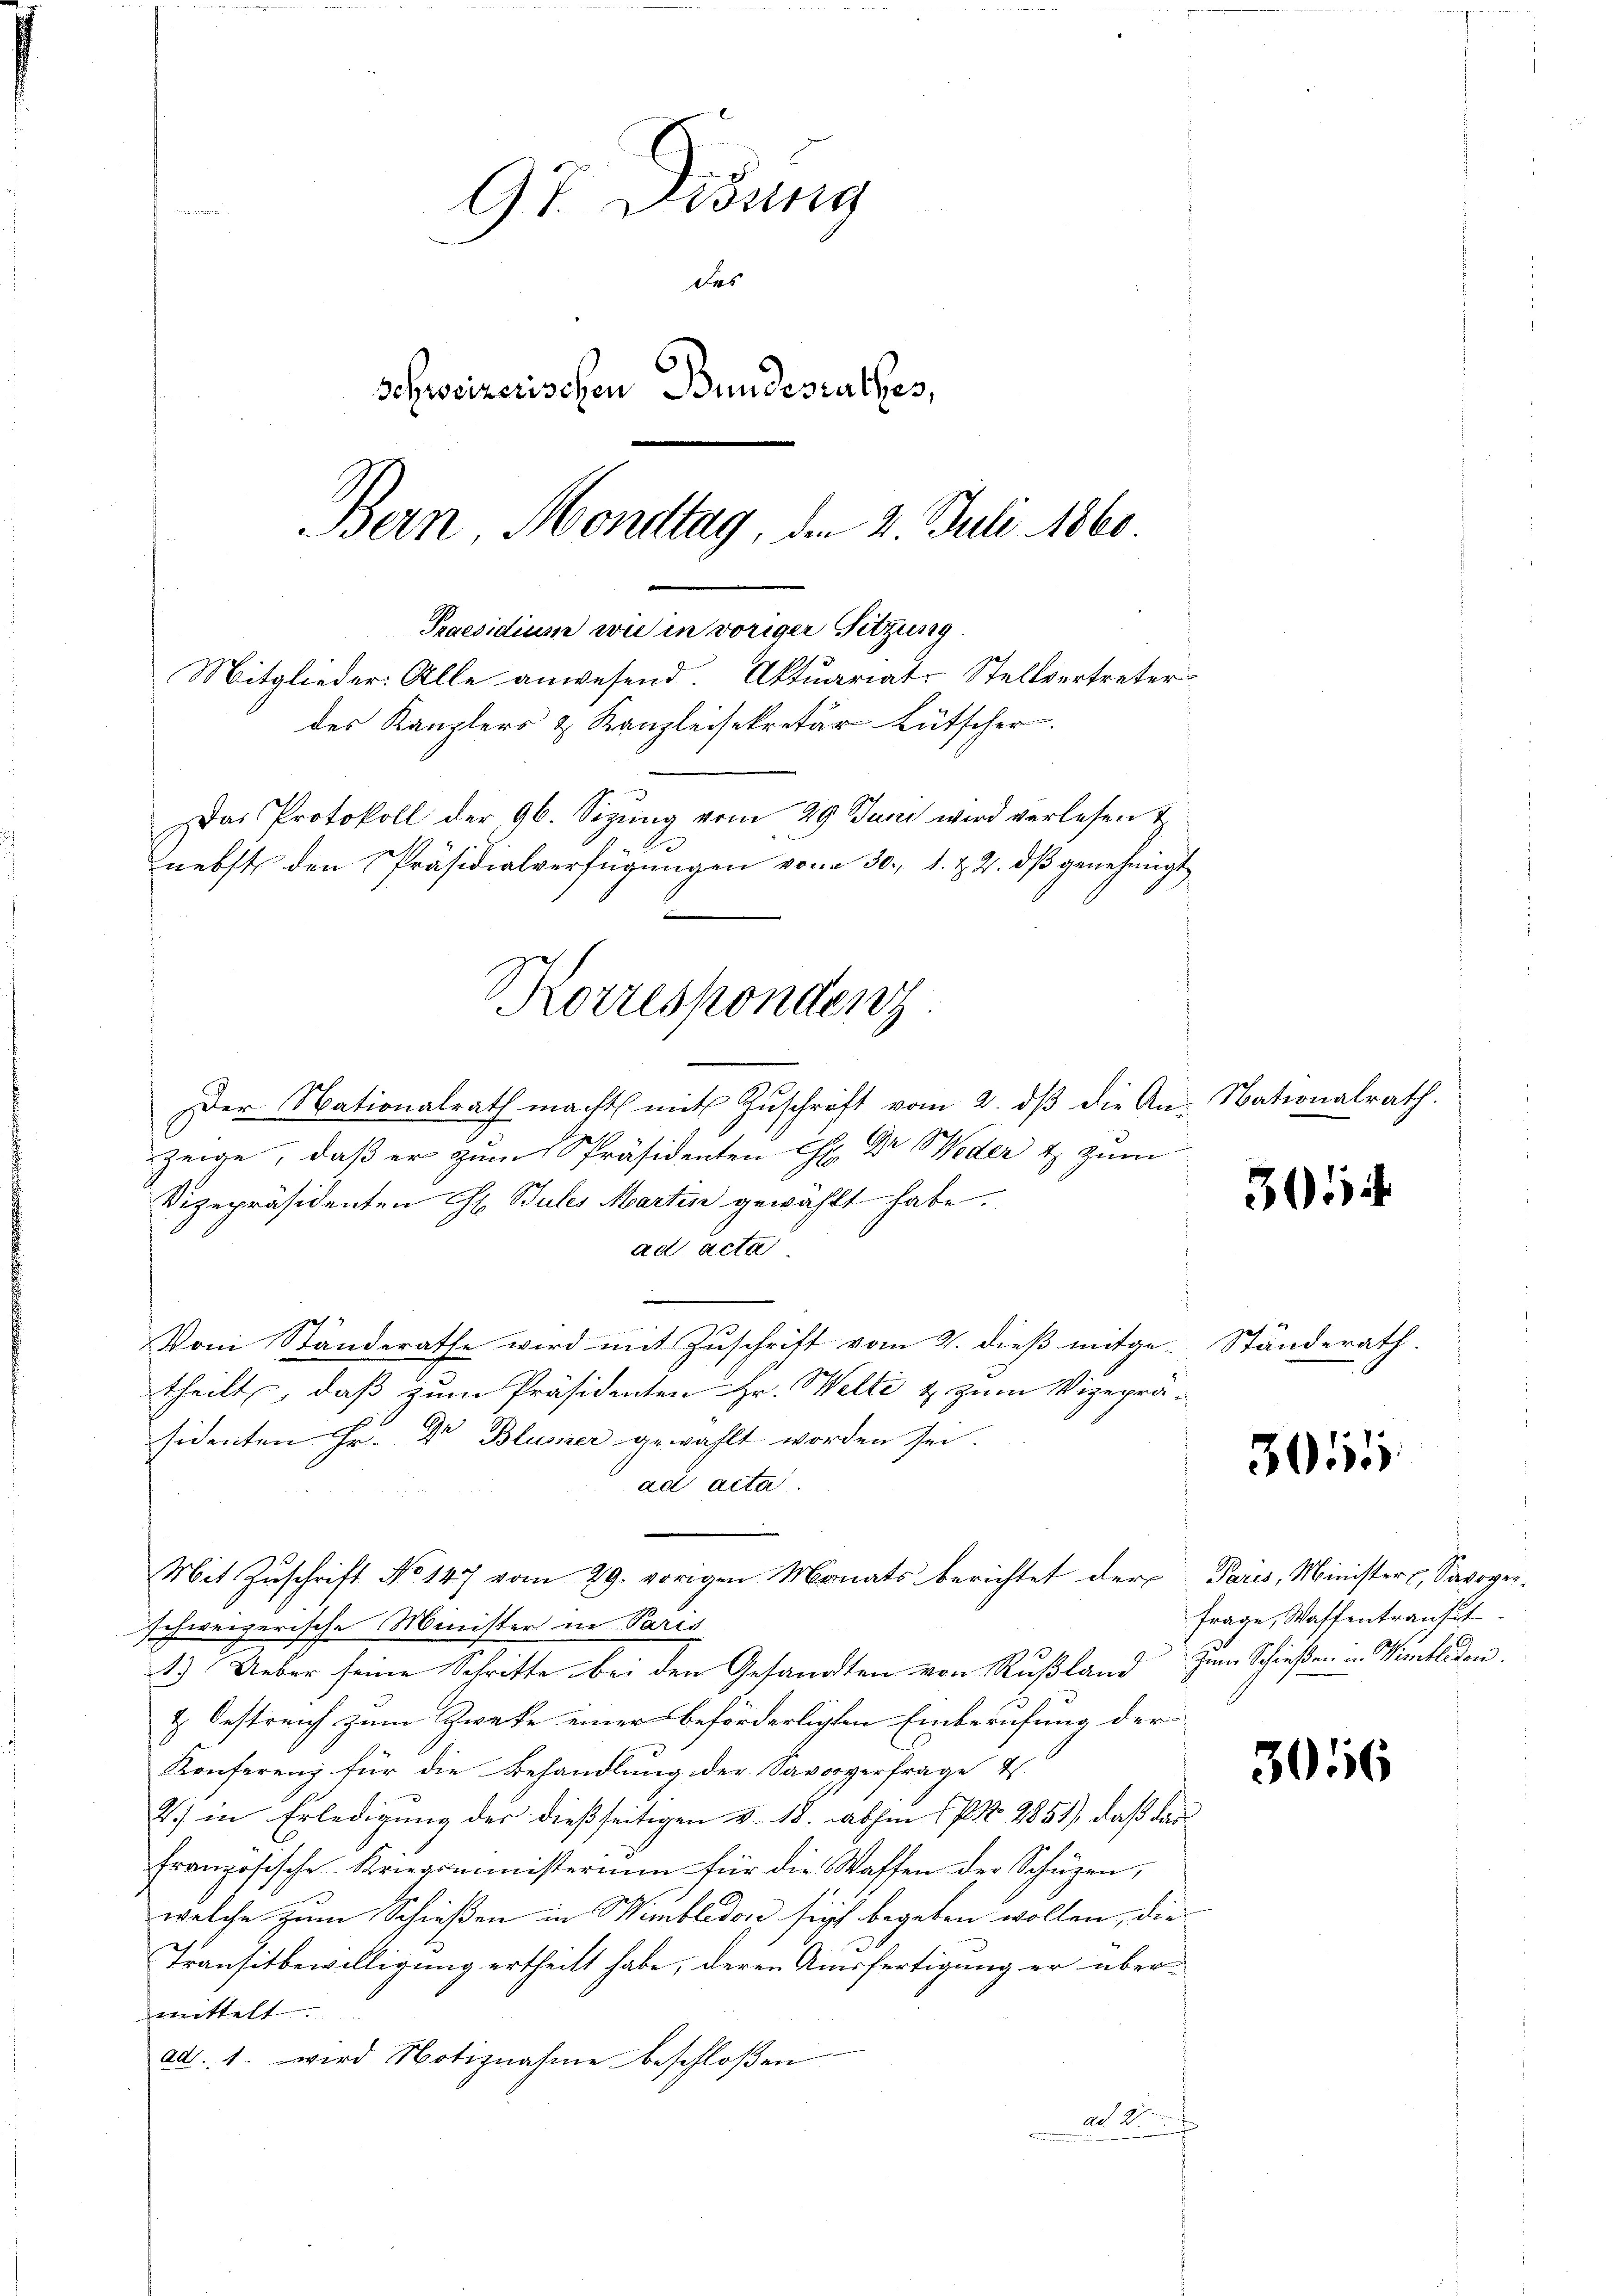
97. Disung
des
Schweizerischen Bundesrathes,
Bern Mondtag, den 2. Juli 1860

Praesidium wie in voriger Sitzung
des Kanzlers & Kanzleisekretär Lütscher.
Das Protokoll der, 96. Sizung vom 29. Juni wird verlesen &
nebst den Präsidialverfügungen vom 30. 1. & 2. dß genehmigt
Korrespondenz

Mitglieder. Alle anwesend. Aktuariat-Stellvertreter

Der Nationalrath macht mit Zŭschrift vom 2. dβ die An-Nationalrath.
zeige, daß er zum Präsidenten Chr. Dr. Weder & zur
Vizepräsidenten G. Bules Martin gewählt habe.
ad acta
Vom Standerathe wird mit Zuschrift vom 2. dieß mitge-
theilt, daß zum Präsidenten Hr. Welti & zum Vizepräsidenten Hr. Dr Blümer gewählt worden sei.
ad acta.
Mit Zuschrift No 147 vom 29. vorigen Monats berichtet der Paris, Minister, Savogeischweizerische Minister in Paris
1.) Ueber seine Schritte bei den Gesandten von Rußland zum Schießen in Winkleiden.
& Oestreich zum Zwecke einer beförderlichen Einberufung der
Konferenz für die Behandlung der Savoyerfrage 4
2.) in Erledigung der dießseitigen v. 18. abhin (PN 2851), daß das
französische Kriegsministerium für die Waffen der Schüzen,
welche zum Schießen in Himbledon sich begeben wollen, die
Transitbewilligung ertheilt habe, deren Ausfertigung er über-
mittelt. |
ad. 1. wird Notiznahme beschloßen
ad 2

3014

Ständerath.

3055

Frage, Waffentransit

3056